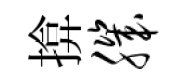
揜肌